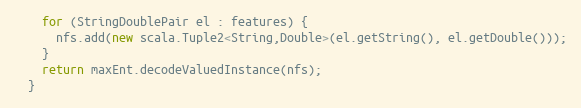
Language: Java
    for (StringDoublePair el : features) {
      nfs.add(new scala.Tuple2<String,Double>(el.getString(), el.getDouble()));
    }
    return maxEnt.decodeValuedInstance(nfs);
  }